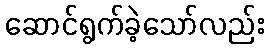
ဆောင်ရွက်ခဲ့သော်လည်း